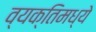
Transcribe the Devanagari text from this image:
व्यक्तिमध्ये